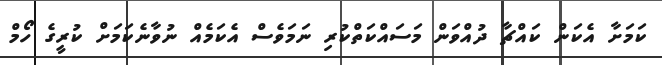
ކަަމަށާ އެކަން ކައްޗާ ދުއްވަން މަސައްކަތްކުރި ނަމަވެސް އެކަމެއް ނުވާނެކަމަށް ކުރީގެ ހޯމް